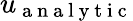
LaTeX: u_{\mathrm{~a~n~a~l~y~t~i~c~}}